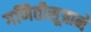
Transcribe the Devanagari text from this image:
गणितीसूत्राने